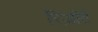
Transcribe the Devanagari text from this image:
रिज़ाॅर्ट